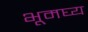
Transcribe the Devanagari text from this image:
भूमघ्य